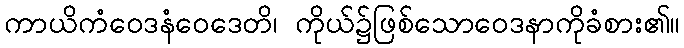
ကာယိကံဝေဒနံဝေဒေတိ၊ ကိုယ်၌ဖြစ်သောဝေဒနာကိုခံစား၏။